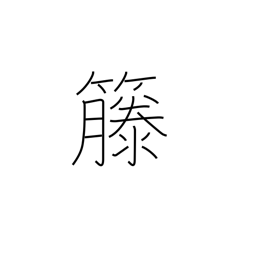
Meaning: rattan